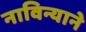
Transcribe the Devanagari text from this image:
नाविन्याने